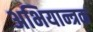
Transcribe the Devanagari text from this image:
अभियान्त्रक